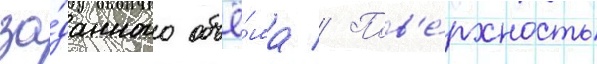
за́данного объё́ма // Пов'е́рхность